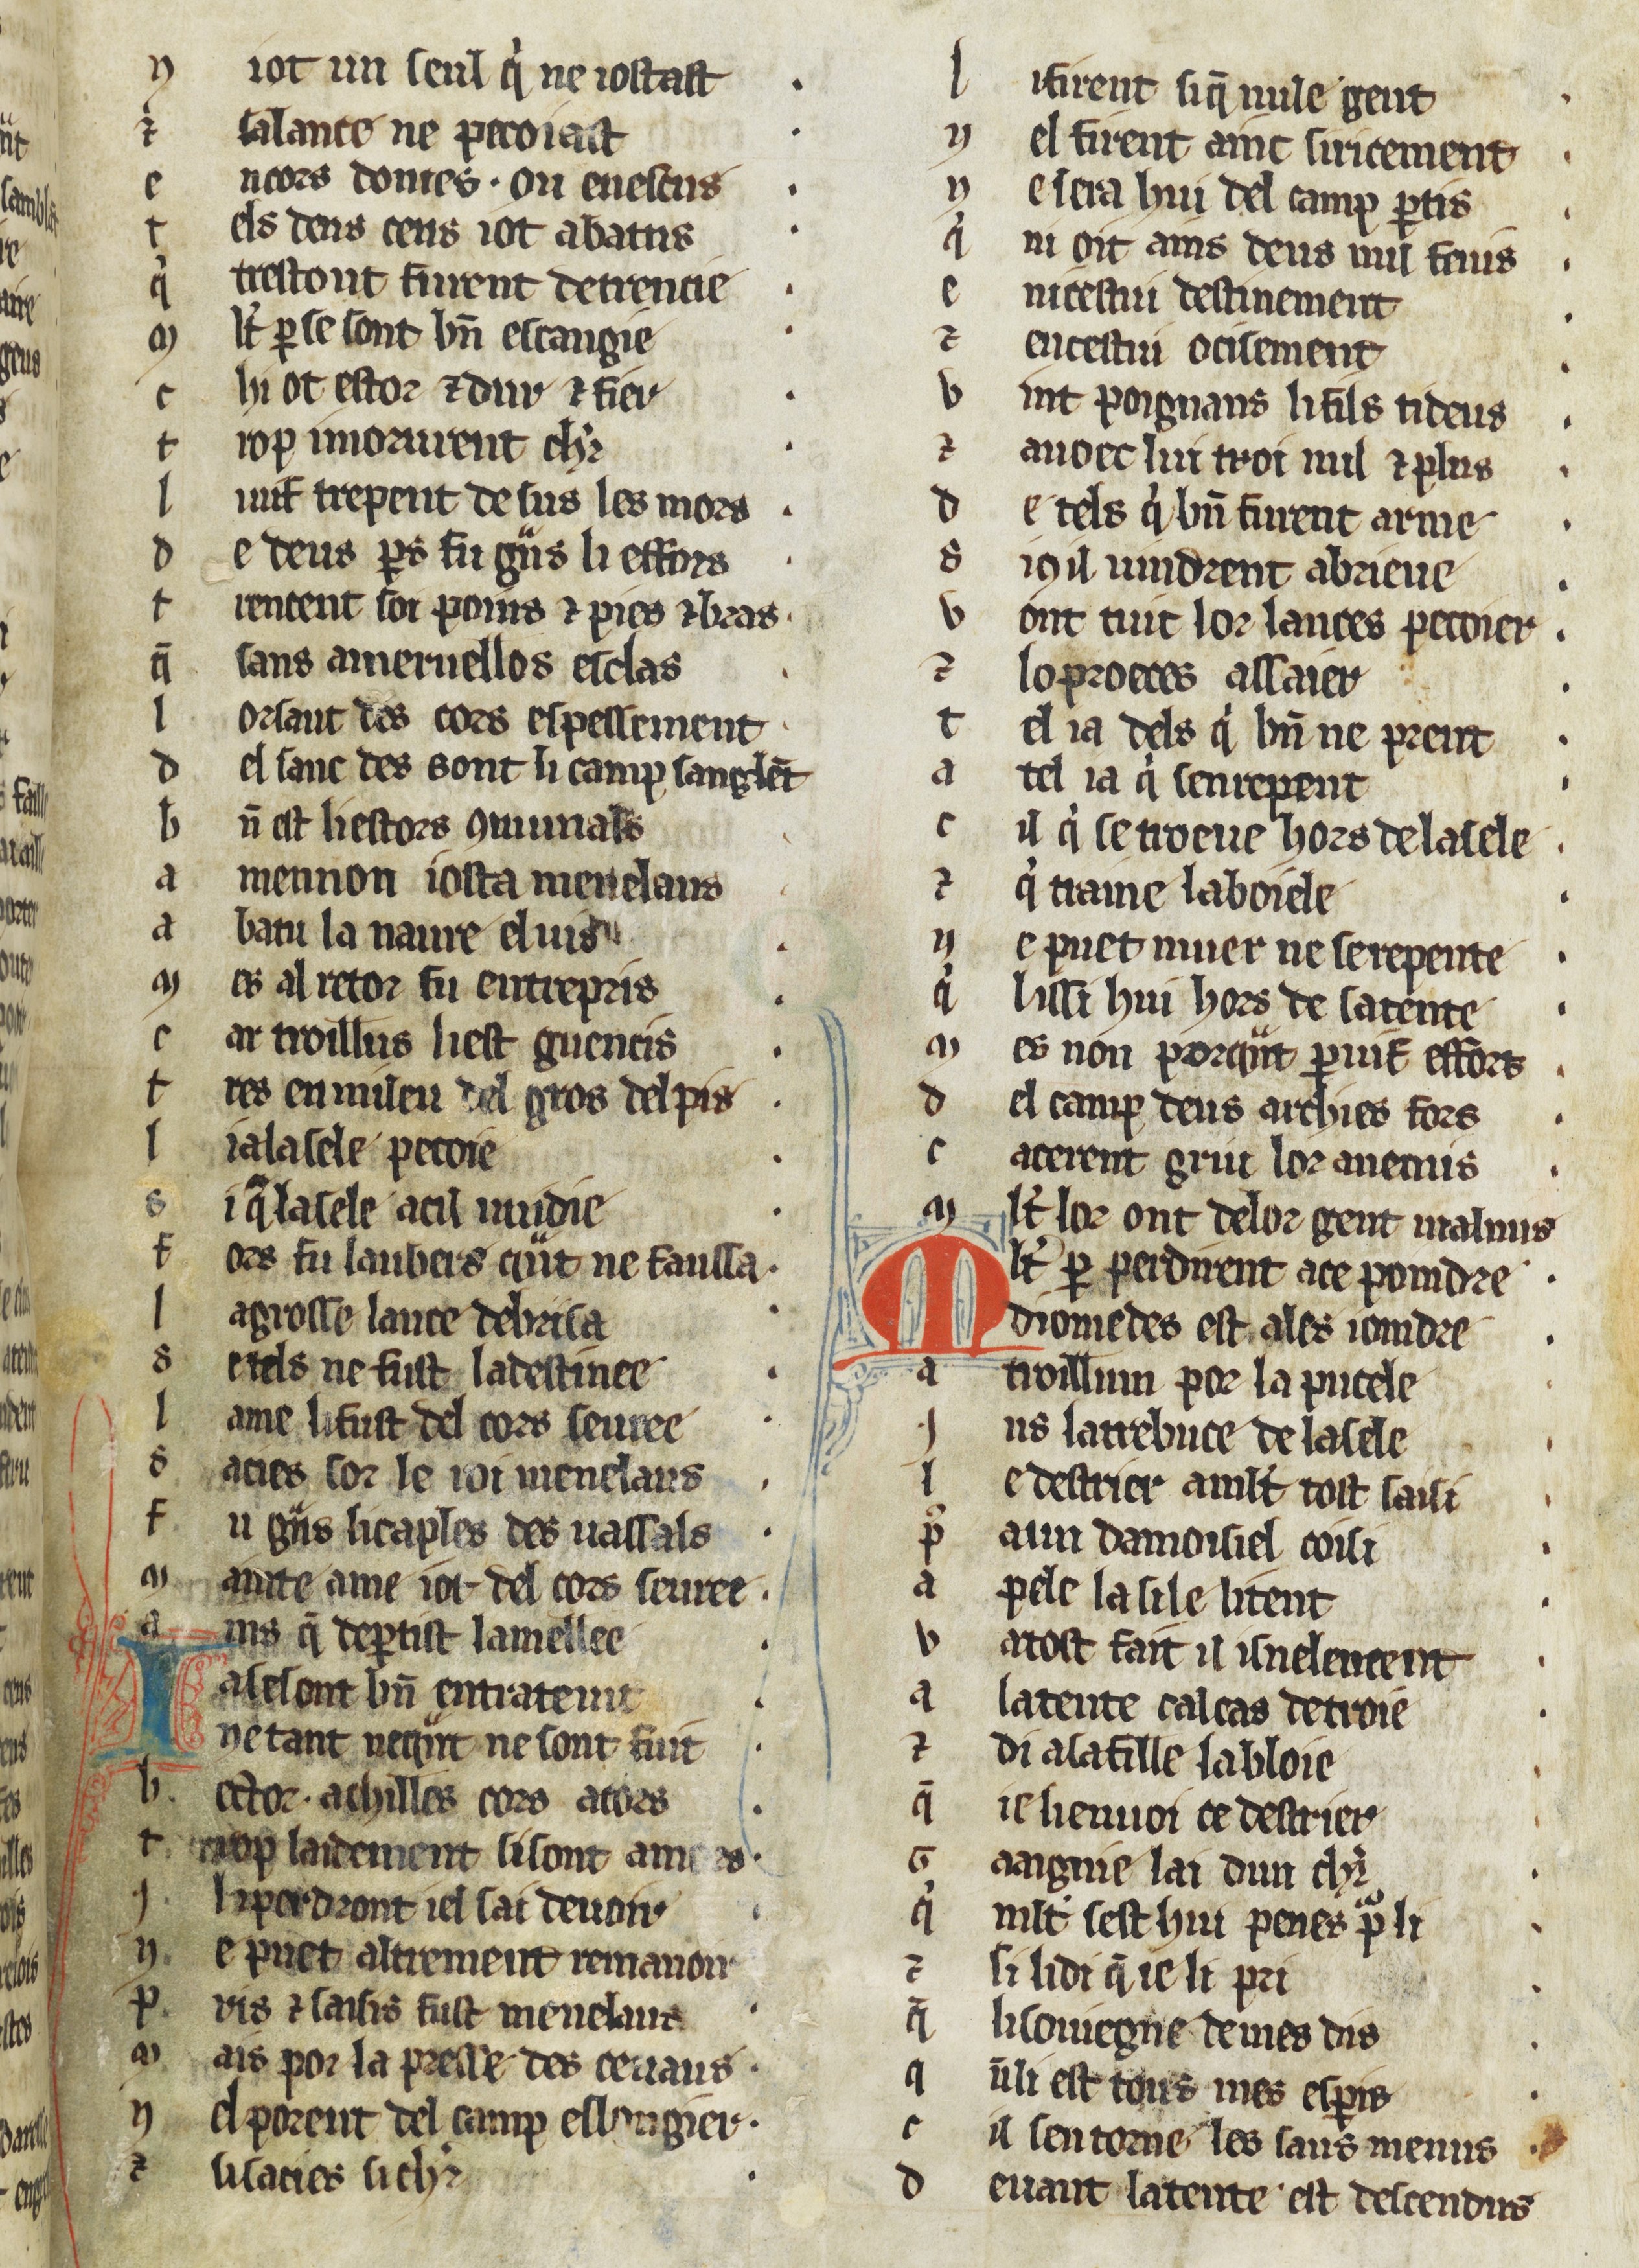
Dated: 1270–1299